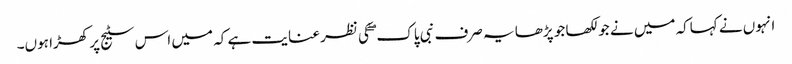
انہوں نے کہاکہ میں نے جو لکھا جو پڑھا یہ صرف نبی پاک ۖ کی نظر عنایت ہے کہ میں اس سٹیج پر کھڑا ہوں۔